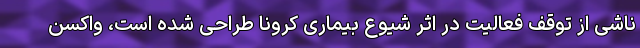
ناشی از توقف فعالیت در اثر شیوع بیماری کرونا طراحی شده است، واکسن